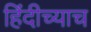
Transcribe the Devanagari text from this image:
हिंदीच्याच